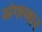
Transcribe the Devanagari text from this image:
अंगस्थान